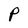
Character: P